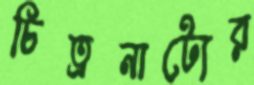
চিত্রনাট্যের